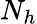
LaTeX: N_{h}